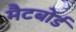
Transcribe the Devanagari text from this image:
मैटबोर्ड